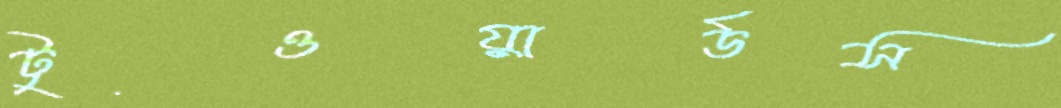
টুওয়ার্ডস